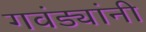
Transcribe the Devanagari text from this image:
गवंड्यांनी